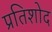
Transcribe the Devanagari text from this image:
प्रतिशोद